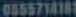
0555714181